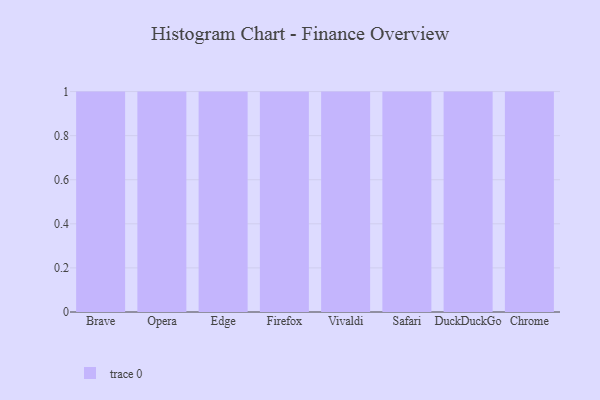
{"axis": {"x": "Browser", "y": "Waste Production (Tons)"}, "legend": [""], "data": [{"x": "Brave", "y": 45, "type": ""}, {"x": "Opera", "y": 61, "type": ""}, {"x": "Edge", "y": 80, "type": ""}, {"x": "Firefox", "y": 72, "type": ""}, {"x": "Vivaldi", "y": 51, "type": ""}, {"x": "Safari", "y": 2, "type": ""}, {"x": "DuckDuckGo", "y": 4, "type": ""}, {"x": "Chrome", "y": 85, "type": ""}]}